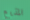
المذيع